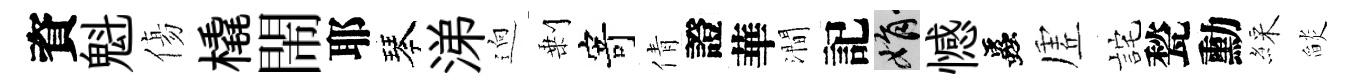
資魁傷橇閙耶琴涕逈剰寄倩證華澗記娟憾蟲虗詫甃勳綵𦦨